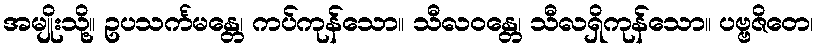
အမျိုးသို့။ ဥပသင်္ကမန္တေ၊ ကပ်ကုန်သော။ သီလဝန္တေ၊ သီလရှိကုန်သော။ ပဗ္ဗဇိတေ၊